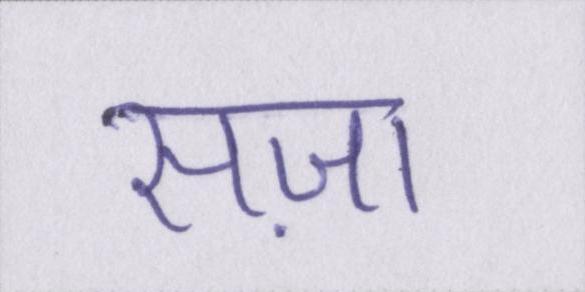
सज़ा